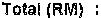
TOTAL(RM) :